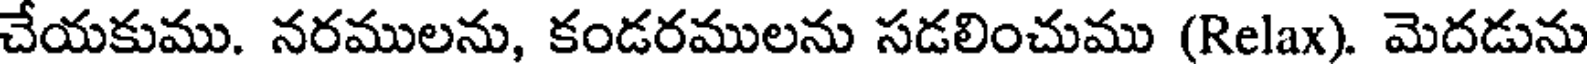
చేయకుము. నరములను, కండరములను సడలించుము (Relax). మెదడును